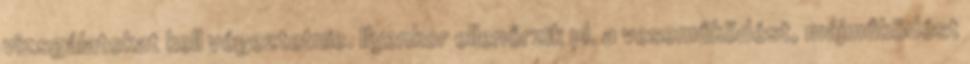
vizsgálatokat kell végeztetnie. Ilyenkor ellenőrzik pl. a veseműködést, májműködést